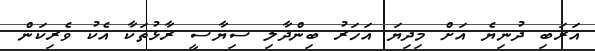
އަރަބި ދުނިޔެ އަށް މިދިޔަ އަހަރު ބިންދާލި ސިޔާސީ ރާޅުތަކާ އެކު ވެރިކަން